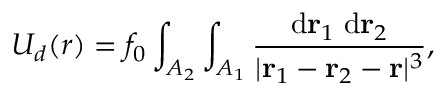
U _ { d } ( r ) = f _ { 0 } \int _ { A _ { 2 } } \int _ { A _ { 1 } } \frac { \mathrm { d } { \bf r } _ { 1 } \; \mathrm { d } { \bf r } _ { 2 } } { | { \bf r } _ { 1 } - { \bf r } _ { 2 } - { \bf r } | ^ { 3 } } ,